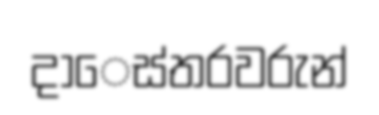
දාෙස්තරවරුන්